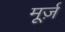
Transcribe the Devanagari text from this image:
मूर्ज़